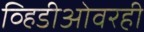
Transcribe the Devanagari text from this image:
व्हिडीओवरही